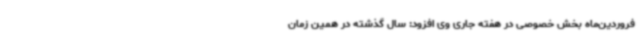
فروردین‌ماه بخش خصوصی در هفته جاری وی افزود: سال گذشته در همین زمان